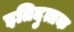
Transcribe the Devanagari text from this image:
इतिदुत्तक